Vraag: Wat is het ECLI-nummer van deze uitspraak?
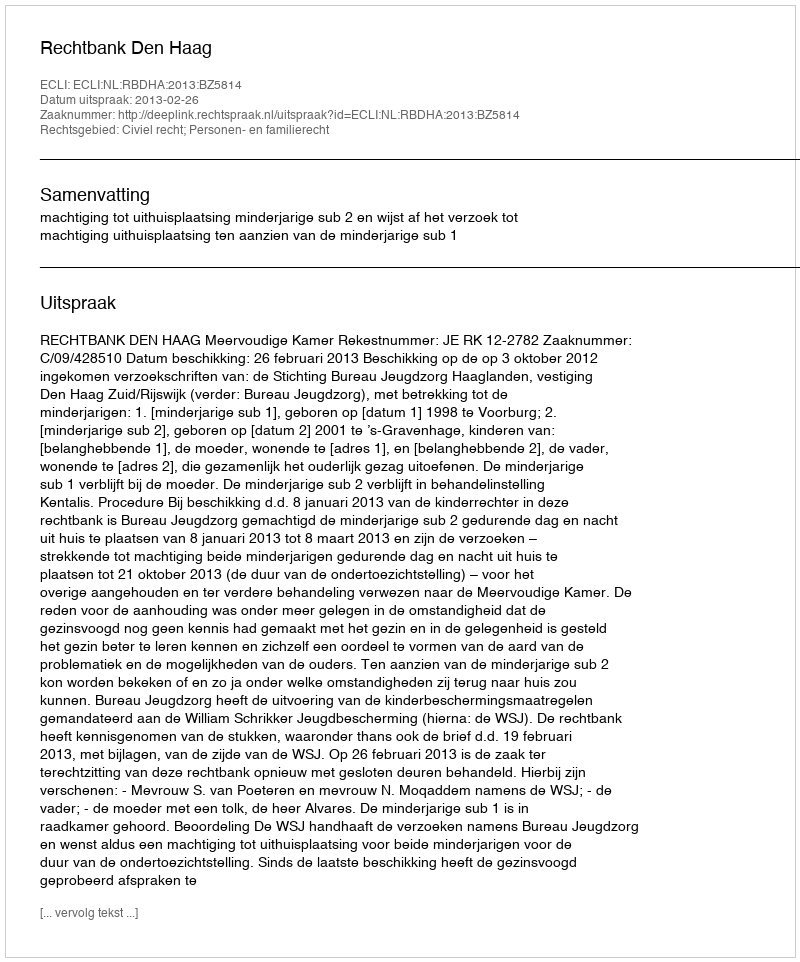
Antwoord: ECLI:NL:RBDHA:2013:BZ5814